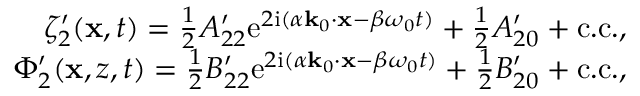
\begin{array} { r } { \zeta _ { 2 } ^ { \prime } ( \mathbf { x } , t ) = \frac { 1 } { 2 } A _ { 2 2 } ^ { \prime } \mathrm { e } ^ { 2 \mathrm { i } ( \alpha \mathbf { k } _ { 0 } \cdot \mathbf { x } - \beta \omega _ { 0 } t ) } + \frac { 1 } { 2 } A _ { 2 0 } ^ { \prime } + \mathrm { c . c . } , } \\ { \Phi _ { 2 } ^ { \prime } ( \mathbf { x } , z , t ) = \frac { 1 } { 2 } B _ { 2 2 } ^ { \prime } \mathrm { e } ^ { 2 \mathrm { i } ( \alpha \mathbf { k } _ { 0 } \cdot \mathbf { x } - \beta \omega _ { 0 } t ) } + \frac { 1 } { 2 } B _ { 2 0 } ^ { \prime } + \mathrm { c . c . } , } \end{array}